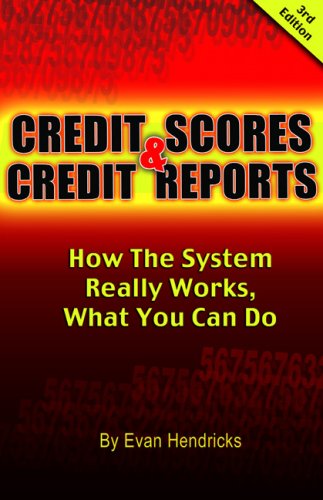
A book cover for Credit Scores and Credit Reports 3rd ed: How The System Really Works, What You Can Do (Credit Scores & Credit Reports: How the System Really Works,); Evan Hendricks; Business & Money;